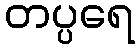
တပ္ပရေ